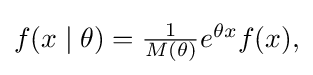
{\textstyle f(x\mid \theta )={\frac {1}{M(\theta )}}e^{\theta x}f(x),}